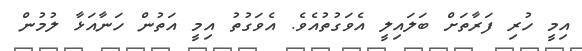
އިމީ ހުރި ފަރާތަށް ބަލައިލީ އެވަގުތުއެވެ. އެވަގުތު އިމީ އަތުން ހަނާއަޅާ ލުމުން